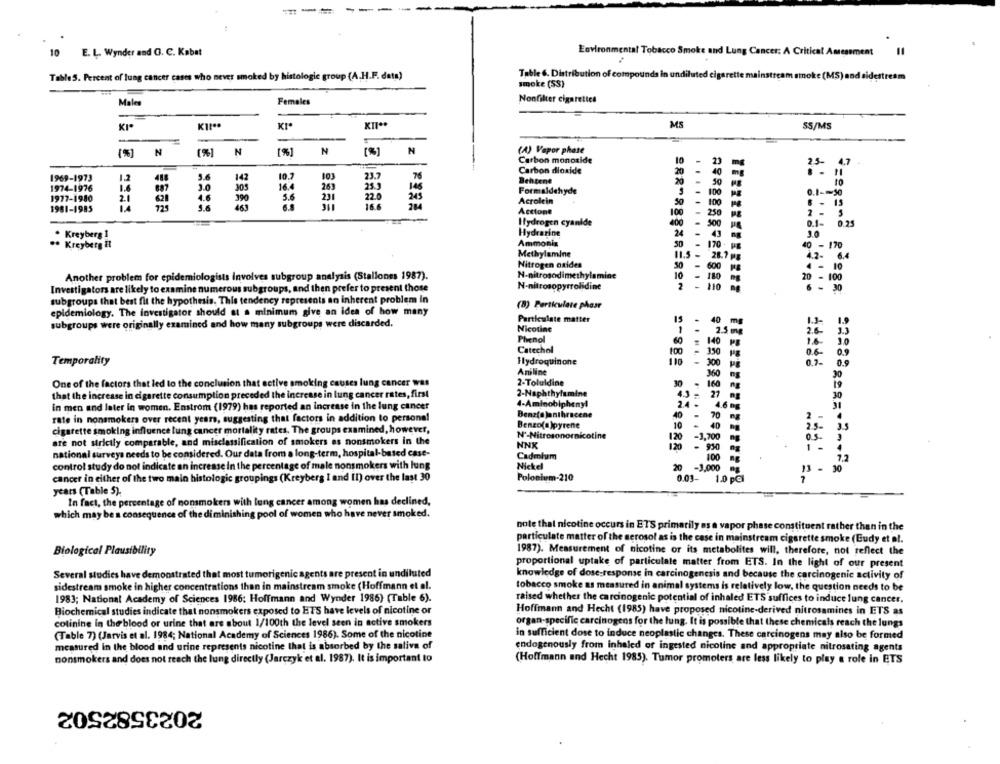
E. L. Wynder and G. C. Kabat
Environmental Tobacco Smoke and Lung Cancer: A Critical Assessment
=
TableS. Percent of lung cancer cases who never smoked by histologic group (A.H.F. data)
Table 6. Distribution of compounds in undiluted cigarette mainstream smoke (MS) and sidestream
smoke (SS)
Nonfilter cigarettes
Males
Females
-
KI
KI !**
MS
55/MS
-
N
(%]
N
[%]
N
N
(A) Vapor phase
Carbon monoxide
4.7
5.0
10.7
101
23.7
76
Carbon dioxide
20
40
"1
1969-1973
12
14
Behtene
50
10
1974-1976
3.0
305
16.4
261
25.
140
Formaldehyde
100
1.1 .-
1977-1980
2.1
621
4.6
390
5.6
23
22.0
245
Acrolein
46
6.5
16.6
50 - 100
1981-1985
725
3.6
Acetone
100
Hydrogen cyanide
400
500
0.25
. Kreyberg 1
Hydrarine
24
10
.. Kreyberg E
Ammonia
50
170.
0 - 170
Methylamine
11.5
28.7 pz
Nitrogen oxides
50
600
Another problem for epidemiologists Involves subgroup analysis (Stallones 1987).
N-nitrosodimethylamine
10
180
Investigators are likely to examine numerous subgroups, and then prefer to present those
N-nitrosopyrrolidine
2
subgroups that best fit the hypothesis. This tendency represents an inherent problem In
(8) Particulate phase
epidemiology. The investigator should at a minimum give an idea of how many
Particulate matter
15
40 mg
subgroups were originally examined and how many subgroups were discarded.
Nicotine
1
2.5 mg
Phenol
60
140
Catechol
100
350
Temporality
Hydroquinone
3000
0.7.
Aniline
360
One of the factors that led to the conclusion that ective smoking causes lung cancer was
2-Toluldine
30
160
that the increase in cigarette consumption preceded the increase in lung cancer rates, first
2-Naphthylamine
4.3 -
27
in men and later in women. Enstrom (1979) has reported an increase in the lung cancer
4-Aminobipheny!
2.4
4.6 mg
rate in nonsmokers over recent years, suggesting that factors in addition to personal
Benzfa janthescene
40
70
Benzo(a)pyrene
10
40
cigarette smoking influence lung cancer mortality rates. The groups examined, however,
N'-Nitrosonornicotine
-3,700
are not strictly comparable, and misclassification of smokers es nonsmokers in the
NNK
120
12
- 930
national surveys needs to be considered. Our data from a long-term, hospital-bated case-
Cadmium
100
control study do not indicate an increase in the percentage of male nonsmokers with lung
Nickel
20
13 - 30
cancer in either of the two main histologic groupings (Kreyberg I and II) over the last 30
Polonium-210
0.03-
years (Table 5).
In fact, the percentage of nonsmokers with lung cancer among women has declined,
which may be a consequence of the diminishing pool of women who have never smoked.
note that nicotine occurs in ETS primarily as a vapor phase constituent rather than in the
particulate matter of the aerosol as is the case in mainstream cigarette smoke (Eudy et al.
1987). Measurement of nicotine or its metabolites will, therefore, not reflect the
Biological Plausibility
proportional uptake of particulate matter from ETS. In the light of our present
Several studies have demonstrated that most tumorigenic agents are present in undiluted
knowledge of dose response in carcinogenesis and because the carcinogenic activity of
sidestream smoke in higher concentrations than in mainstream smoke (Hoffmann et al.
tobacco smoke as measured in animal systems is relatively low, the question needs to be
1983; National Academy of Sciences 1986: Hoffmann and Wynder 1986) (Table 6).
raised whether the carcinogenic potential of inhaled ETS suffices to induce lung cancer.
Biochemical studies indicate that nonsmokers exposed to ETS have levels of nicotine or
Hoffmann and Hecht (1985) have proposed nicotine-derived nitrosamines in ETS as
colinine in the blood or urine that are about 1/100th the level seen in active smokers
organ-specific carcinogens for the lung. It is possible that these chemicals reach the lungs
(Table 7) (Jarvis et al. 1984; National Academy of Sciences 1986). Some of the nicotine
in sufficient dose to induce neoplastic changes. These carcinogens may also be formed
measured in the blood and urine represents nicotine that is absorbed by the saliva of
endogenously from inhaled of ingested nicotine and appropriate nitrosating agents
nonsmokers and does not reach the lung directly (Jarczyk et al. 1987). It is important to
(Hoffmann and Hecht 1985). Tumor promoters are less likely to play a role in ETS
2023582502